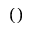
( )